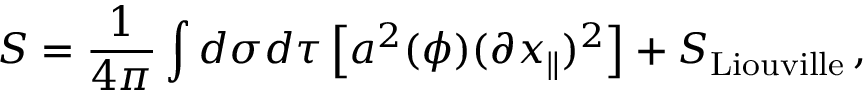
S = \frac { 1 } { 4 \pi } \int d \sigma d \tau \left[ a ^ { 2 } ( \phi ) ( \partial x _ { \parallel } ) ^ { 2 } \right] + S _ { \mathrm { L i o u v i l l e } } \, ,